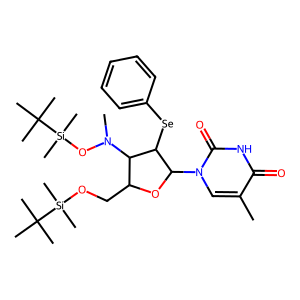
SMILES: Cc1cn(C2OC(CO[Si](C)(C)C(C)(C)C)C(N(C)O[Si](C)(C)C(C)(C)C)C2[Se]c2ccccc2)c(=O)[nH]c1=O
Inhibits HIV replication: No